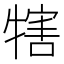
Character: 犗